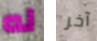
له آخر